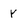
Character: Y